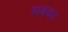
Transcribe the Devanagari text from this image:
शबका